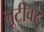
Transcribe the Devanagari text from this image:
लूटीवर